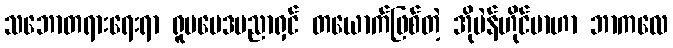
သဘောတရားရေးရာ ရူပဗေဒပညာရှင် တယောက်ဖြစ်တဲ့ အိုပဲန်ဟိုင်မာဟာ ဘာကလေ